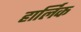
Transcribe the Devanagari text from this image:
हार्लिक